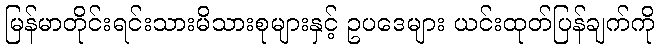
မြန်မာတိုင်းရင်းသားမိသားစုများနှင့် ဥပဒေများ ယင်းထုတ်ပြန်ချက်ကို